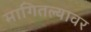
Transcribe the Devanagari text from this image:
मागितल्यावर